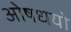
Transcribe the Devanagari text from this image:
ओषधयो